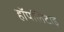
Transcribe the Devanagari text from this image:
हॉपलिटाइ